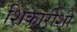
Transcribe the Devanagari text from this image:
शिकारीशी